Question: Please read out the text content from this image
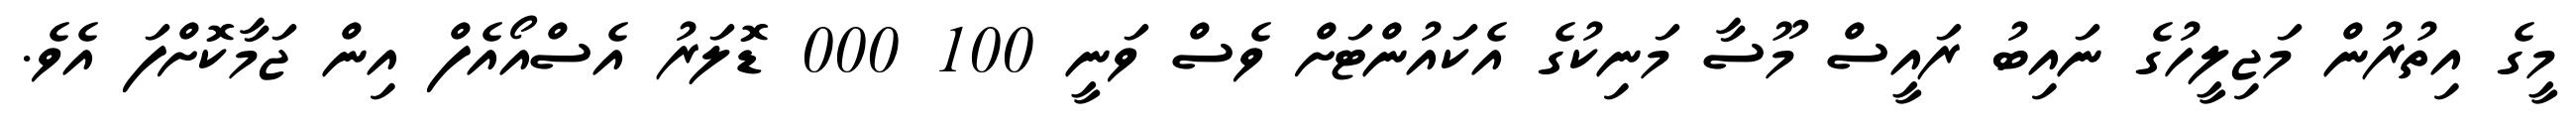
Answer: މީގެ އިތުރުން މަޖިލީހުގެ ނައިބު ރައީސް މޫސާ މަނިކުގެ އެކައުންޓަށް ވެސް ވަނީ 100 000 ޑޮލަރު އެސްއޯއެފް އިން ޖަމާކޮށްފަ އެވެ.